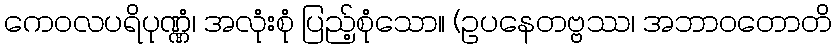
ကေဝလပရိပုဏ္ဏံ၊ အလုံးစုံ ပြည့်စုံသော။ (ဥပနေတဗ္ဗဿ၊ အဘာဝတောတိ